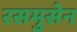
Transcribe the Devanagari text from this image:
रसमुसेन